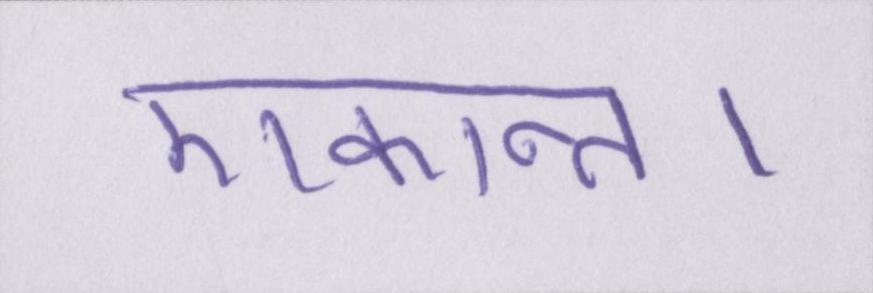
एकान्त।